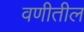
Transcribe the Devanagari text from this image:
वणीतील